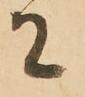
に